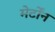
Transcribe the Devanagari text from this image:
मेर्टोंन